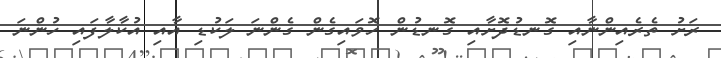
ރަށު ތެރެއިންނާއި ގޮނޑުދޮށާއި ގޮނޑުން ހޮވައިގެން ގެންނަ ލަކުޑި އާއި އުކާލާފައި ހުންނަ